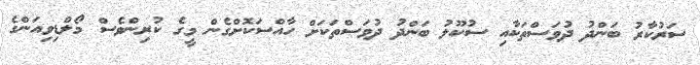
ސަރުކާރު ބަންދު ދުވަސްތަކާއި ސުކޫލު ބަންދު ދުވަސްތަކަށް ހާއްސަކޮށްގެން މީގެ ކުރިންވެސް މޯލްޑިވިއަންގެ